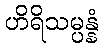
ဟိရိသမ္ပန္နံ